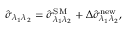
\hat { \sigma } _ { \lambda _ { 1 } \lambda _ { 2 } } = \hat { \sigma } _ { \lambda _ { 1 } \lambda _ { 2 } } ^ { \mathrm { S M } } + \Delta \hat { \sigma } _ { \lambda _ { 1 } \lambda _ { 2 } } ^ { \mathrm { n e w } } ,